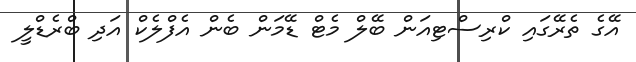
އޭގެ ތެރޭގައި ކްރިސްޓިއަން ބޭލް މެޓް ޑޭމަން ބެން އެފްލެކް އަދި ބްރެޑްލީ